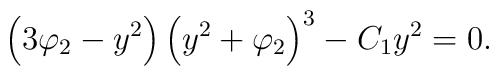
\left(3\varphi _2-y^2\right)\left(y^2+\varphi _2 \right) ^3-C_1y^2=0.